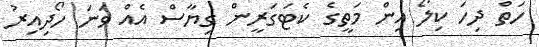
ހަތް ދިހަ ކިލޯ އިން މަތީގެ ކެޓަގަރީން ގިޔާސް އެއް ވަނަ ހޯދިއިރު